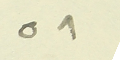
٥٨